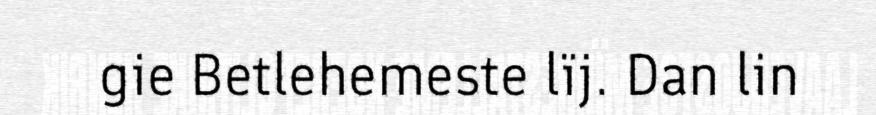
gie Betlehemeste lïj. Dan lin